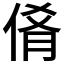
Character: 𬾝